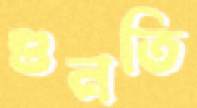
গুনতি